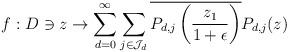
LaTeX: \begin{align*}f:D\owns z\to \sum_{d=0}^{\infty}\sum_{j\in\mathcal J_d}\overline{P_{d,j}\left(\frac{z_1}{1+\epsilon}\right)}P_{d,j}(z)\end{align*}